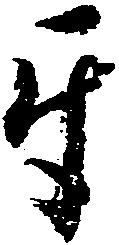
互